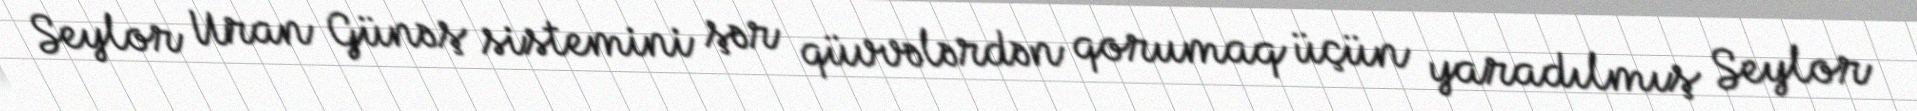
Seylor Uran Günəş sistemini şər qüvvələrdən qorumaq üçün yaradılmış Seylor